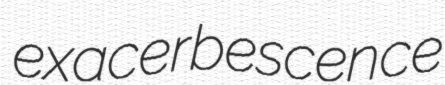
exacerbescence